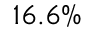
1 6 . 6 \%